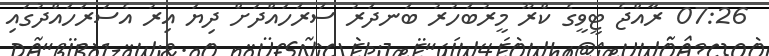
07:26 ރާއްޖެ ޓީވީގެ ކްރޫ މީރުބަހުރު ބަނދަރު ސަރަހައްދަށް ދިޔަ އިރު އެސަރަހައްދުގައި